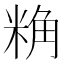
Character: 𮇢